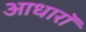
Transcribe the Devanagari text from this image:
आधारॉ